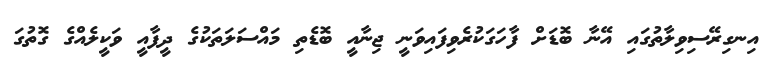
އިނގިރޭސިވިލާތުގައި އޭނާ ބޮޑަށް ފާހަގަކުރެވިފައިވަނީ ޖިނާއީ ބޮޑެތި މައްސަލަތަކުގެ ދީފާއީ ވަކީލެއްގެ ގޮތުގަ